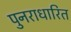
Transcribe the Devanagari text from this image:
पुनराधारित